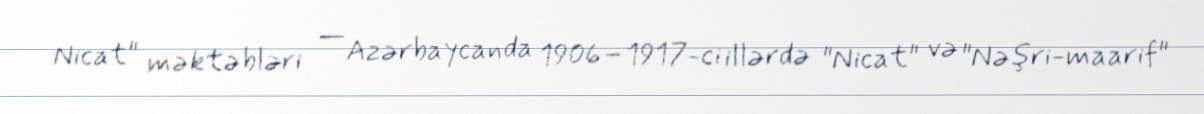
Nicat" məktəbləri — Azərbaycanda 1906–1917-ci illərdə "Nicat" və "Nəşri-maarif"